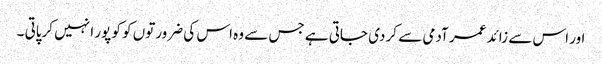
اور اس سے زائد عمر آدمی سے کر دی جاتی ہے جس سے وہ اس کی ضرورتوں کو کو پور ا نہیں کرپاتی ۔